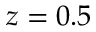
z = 0 . 5